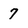
Character: 7